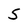
Character: 5